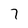
Character: 7